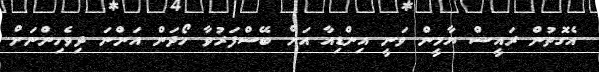
އެގޮތުން ރައީސް ޔާމީން ވަނީ އިންޑިއާ އަށް ބޭސްފަރުވާ ހޯދަން އަންނަ ދިވެހިންނަށް